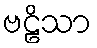
ဗဠိသာ